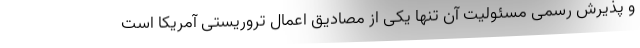
و پذیرش رسمی مسئولیت آن تنها یکی از مصادیق اعمال تروریستی آمریکا است